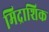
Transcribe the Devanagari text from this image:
मिद्राशिक